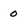
Character: 0